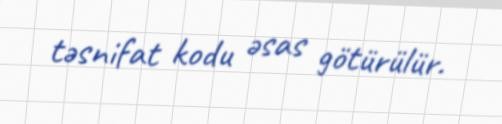
təsnifat kodu əsas götürülür.